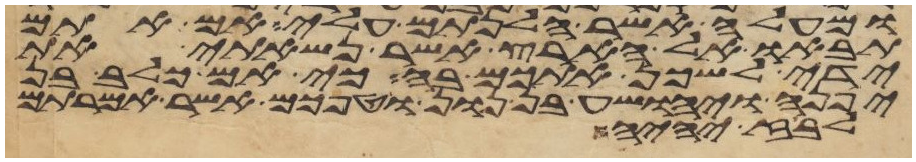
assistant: ומעלה אשר הלנתם עלי אם אתם
תבאו אל הארץ אשר נשאתי את
ידי לשכן אתכם בה כי אם כלב בן
יפנה ויהושע בן נון וטפכם אשר אמרתם
לבוז יהיה